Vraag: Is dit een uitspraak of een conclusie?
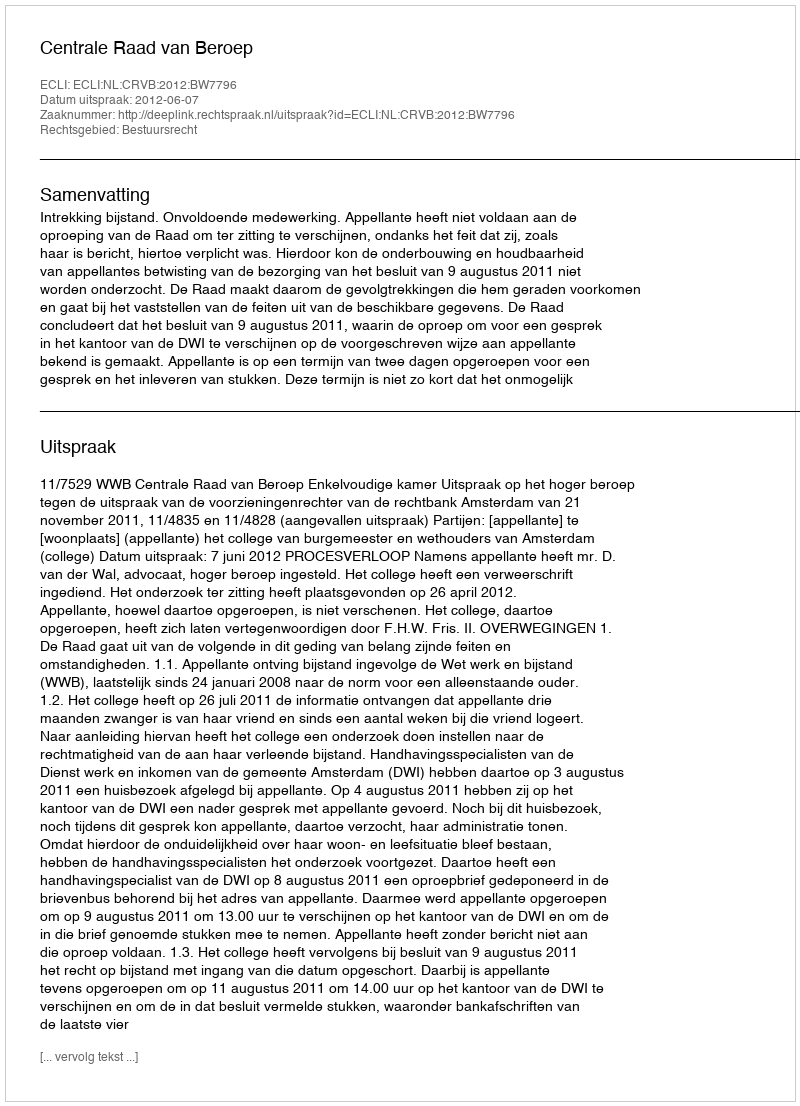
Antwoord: Uitspraak